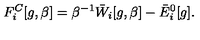
F _ { i } ^ { C } [ g , \beta ] = \beta ^ { - 1 } \bar { W } _ { i } [ g , \beta ] - \bar { E } _ { i } ^ { 0 } [ g ] .